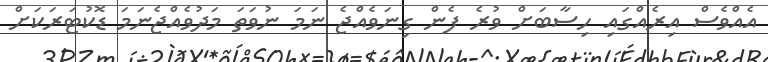
އެއްވެސް އިރެއްގައި ހިސާބަށް ވުރެ ފެން ގިނަވެއްޖެ ނަމަ ނުވަތަ މަދުވެއްޖެނަމަ ޑޮކުޓަރަކަށް